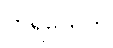
တူရိယေဟိ